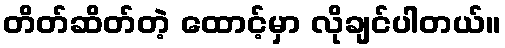
တိတ်ဆိတ်တဲ့ ထောင့်မှာ လိုချင်ပါတယ်။